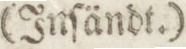
(Inſändt.)